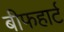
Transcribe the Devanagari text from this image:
बीफहार्ट